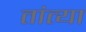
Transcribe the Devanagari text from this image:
तांत्‍या